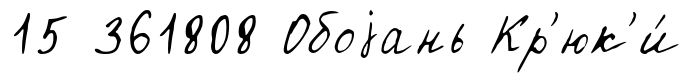
15 361808 Обоjань Кр'юк'и́